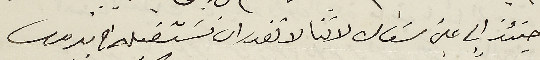
حينئذٍ الى عين سَعاده لاننا لا نقدر ان نسَتقبله قي بيروت